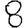
Digit: 8